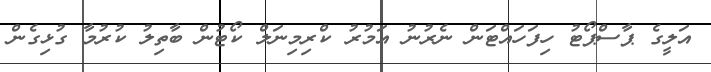
އަލީގެ ޕާސްޕޯޓު ހިފަހައްޓަން ނެރުނު އަމުރު ކްރިމިނަލް ކޯޓުން ބާތިލު ކުރުމާ ގުޅިގެން